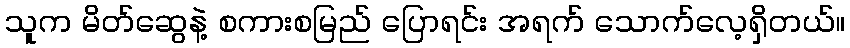
သူက မိတ်ဆွေနဲ့ စကားစမြည် ပြောရင်း အရက် သောက်လေ့ရှိတယ်။